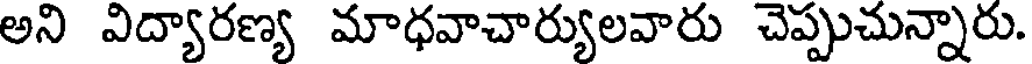
అని విద్యారణ్య మాధవాచార్యులవారు చెప్పుచున్నారు.